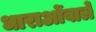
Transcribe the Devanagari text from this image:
धाराओंवाले